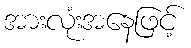
အားလုံးအနေဖြင့်